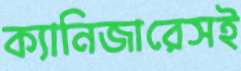
ক্যানিজারেসই